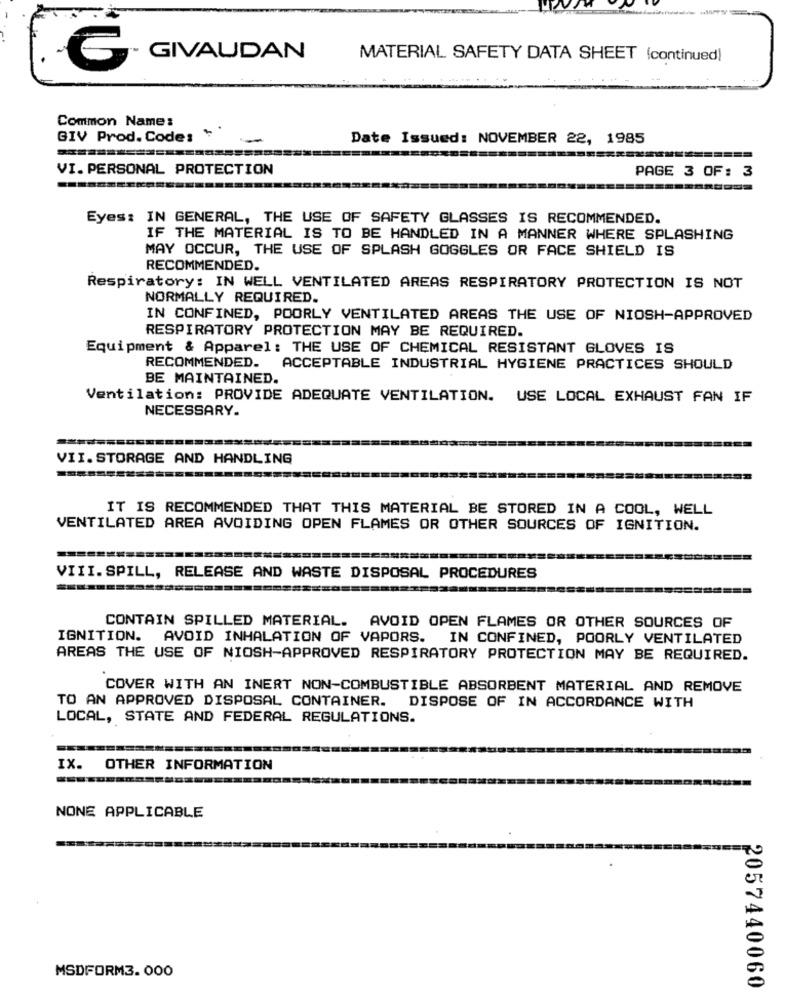
GIVAUDAN
MATERIAL SAFETY DATA SHEET (continued)
Common Name:
GIV Prod. Code: ''
Date Issued: NOVEMBER 22, 1985
VI. PERSONAL PROTECTION
PAGE 3 OF: 3
Eyes: IN GENERAL, THE USE OF SAFETY GLASSES IS RECOMMENDED.
IF THE MATERIAL IS TO BE HANDLED IN A MANNER WHERE SPLASHING
MAY OCCUR, THE USE OF SPLASH GOGGLES OR FACE SHIELD IS
RECOMMENDED.
Respiratory: IN WELL VENTILATED AREAS RESPIRATORY PROTECTION IS NOT
NORMALLY REQUIRED.
IN CONFINED, POORLY VENTILATED AREAS THE USE OF NIOSH-APPROVED
RESPIRATORY PROTECTION MAY BE REQUIRED.
Equipment & Apparel: THE USE OF CHEMICAL RESISTANT GLOVES IS
RECOMMENDED.
ACCEPTABLE INDUSTRIAL HYGIENE PRACTICES SHOULD
BE MAINTAINED.
Ventilation: PROVIDE ADEQUATE VENTILATION. USE LOCAL EXHAUST FAN IF
NECESSARY.
VII. STORAGE AND HANDLING
IT IS RECOMMENDED THAT THIS MATERIAL BE STORED IN A COOL, WELL
VENTILATED AREA AVOIDING OPEN FLAMES OR OTHER SOURCES OF IGNITION.
VIII. SPILL, RELEASE AND WASTE DISPOSAL PROCEDURES
CONTAIN SPILLED MATERIAL. AVOID OPEN FLAMES OR OTHER SOURCES OF
IGNITION. AVOID INHALATION OF VAPORS. IN CONFINED, POORLY VENTILATED
AREAS THE USE OF NIOSH-APPROVED RESPIRATORY PROTECTION MAY BE REQUIRED.
COVER WITH AN INERT NON-COMBUSTIBLE ABSORBENT MATERIAL AND REMOVE
TO AN APPROVED DISPOSAL CONTAINER. DISPOSE OF IN ACCORDANCE WITH
LOCAL, STATE AND FEDERAL REGULATIONS.
IX.
OTHER INFORMATION
NONE APPLICABLE
MSDFORM3. 000
2057440060